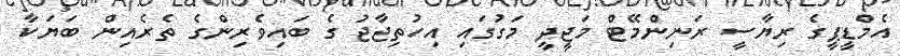
އެމްޑީޕީގެ ރިޔާސީ ރަނިންމޭޓް މަޖީދީ މަގުގައި އިހުތިޖާޖު ގެ ބައިވެރިންގެ ތެރެއިން ބަޔަކާ